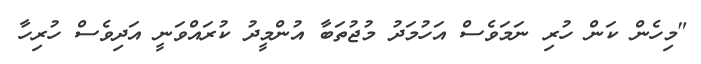
"މިހެން ކަން ހުރި ނަމަވެސް އަހުމަދު މުޖުތަބާ އުންމީދު ކުރައްވަނީ އަދިވެސް ހުރިހާ